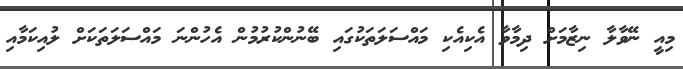
މިއީ ނޭވާލާ ނިޒާމަށް ދިމާވާ އެކިއެކި މައްސަލަތަކުގައި ބޭނުންކުރުމުން އެހުންނަ މައްސަލަތަކަށް ލުއިކަމާއި